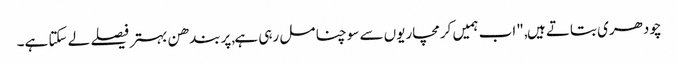
چودھری بتاتے ہیں, "اب ہمیں کرمچاریوں سے سوچنا مل رہی ہے,پربندھن بہتر فیصلے لے سکتا ہے۔